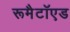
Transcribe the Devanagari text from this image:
रूमैटॉएड